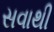
સવાથી